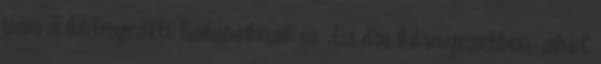
van a környezeti hatásoknak is. Az ősi környezetben, ahol